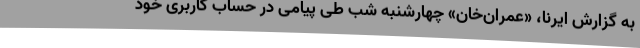
به گزارش ایرنا، «عمران‌خان» چهارشنبه شب طی پیامی در حساب کاربری خود